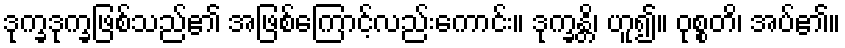
ဒုက္ခဒုက္ခဖြစ်သည်၏ အဖြစ်ကြောင့်လည်းကောင်း။ ဒုက္ခန္တိ၊ ဟူ၍။ ဝုစ္စတိ၊ အပ်၏။